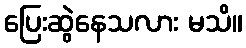
ပြေးဆွဲနေသလား မသိ။